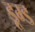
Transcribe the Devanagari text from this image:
डूम्ड